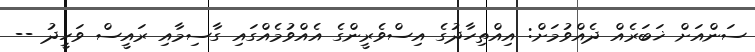
ސަންއަށް ޚަބަރެއް ދެއްވުމަށް: އިއްތިހާދުގެ އިސްވެރީންގެ އެއްވުމެއްގައި ގާސިމާއި ރައީސް ވަހީދު --